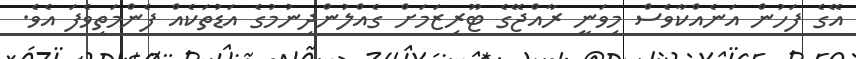
އޭގެ ފަހުން އަނެއްކާވެސް މިވަނީ ރާއްޖޭގެ ޓޫރިޒަމަށް ގެއްލުންދިނުމުގެ އަޑުތަކެއް ފެންމަތިވެފަ އެވެ.